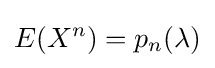
E(X^{n})=p_{n}(\lambda )